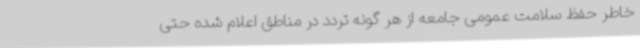
خاطر حفظ سلامت عمومی جامعه از هر گونه تردد در مناطق اعلام شده حتی